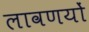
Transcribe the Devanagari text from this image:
लावणयों